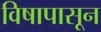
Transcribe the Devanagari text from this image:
विषापासून